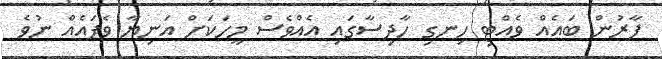
ފާރުން ބައެއް ވެއްޓި ހިނގި ހާދިސާގައި އެއްވެސް މީހަކަށް އަނިޔާ ވެފައެއް ނުވެ